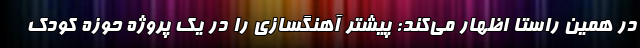
در همین راستا اظهار می‌کند: پیشتر آهنگسازی را در یک پروژه حوزه کودک